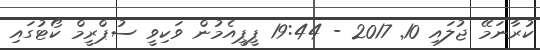
ކުރާނަމޭ ޖުލައި 10